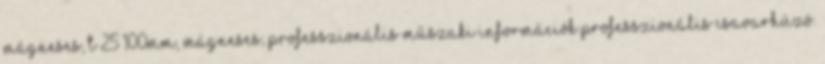
mágneses, T 25×100mm, mágneses, professzionális Műszaki információk Professzionális csavarhúzó.